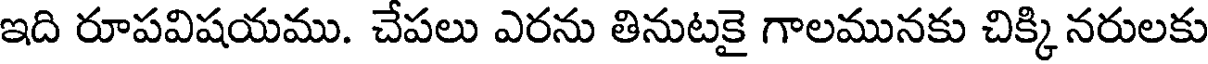
ఇది రూపవిషయము. చేపలు ఎరను తినుటకై గాలమునకు చిక్కి నరులకు